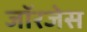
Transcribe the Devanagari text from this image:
जॉरजेस